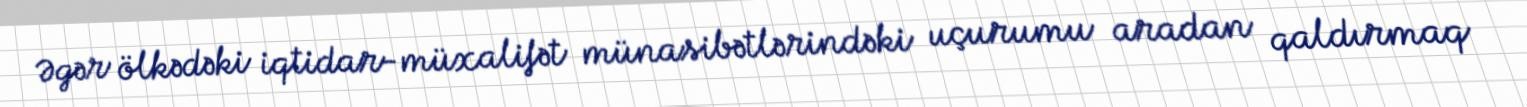
Əgər ölkədəki iqtidar-müxalifət münasibətlərindəki uçurumu aradan qaldırmaq